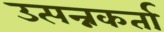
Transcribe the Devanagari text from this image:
उत्पन्नकर्ता